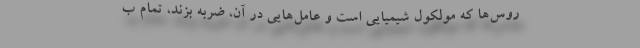
روس‌ها که مولکول شیمیایی است و عامل‌هایی در آن، ضربه بزند، تمام ب